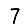
Digit: 7